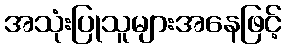
အသုံးပြုသူများအနေဖြင့်